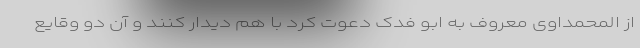
از المحمداوی معروف به ابو فدک دعوت‌ کرد با هم دیدار کنند و آن دو وقایع